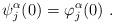
LaTeX: \begin{align*}\psi_{j}^\alpha (0) = \varphi_{j}^\alpha (0) \ .\end{align*}